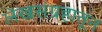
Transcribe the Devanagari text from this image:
लेखसंग्रहातून